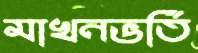
মাখনভর্তি